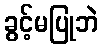
ခွင့်မပြုဘဲ